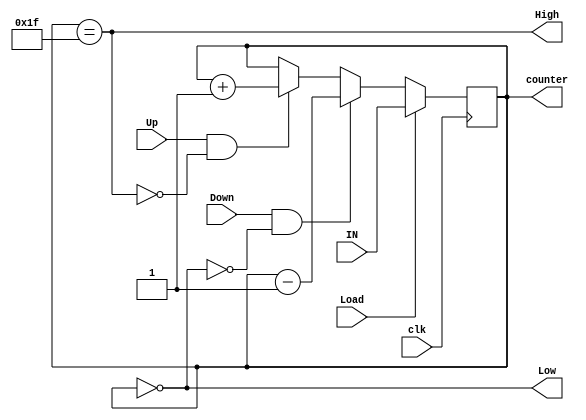
module Up_Dn_Counter (
input wire [4:0] IN,
input wire Load,
input wire Up,
input wire Down,
input wire clk,
output reg [4:0] counter,
output wire High,
output wire Low
);
always @(posedge clk)
begin
if(Load)
begin
counter<=IN;
end
else if(Down&!Low)
begin
counter<=counter-5'b1;
end
else if(Up&!High)
begin
counter<=counter+5'b1;
end
end
assign High=(counter==5'b11111);
assign Low=(counter==5'b0);
endmodule